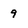
Character: 9